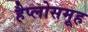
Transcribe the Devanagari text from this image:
हैप्लोसमूह